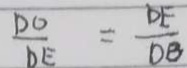
\frac { D O } { D E } = \frac { D E } { D B }